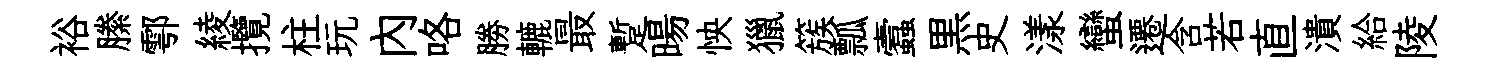
裕縢鄠綾攬柱玩內咯勝轆最蹔暘怏獵簇瓢蠧黒史漾蠻遷含若直潰給陵